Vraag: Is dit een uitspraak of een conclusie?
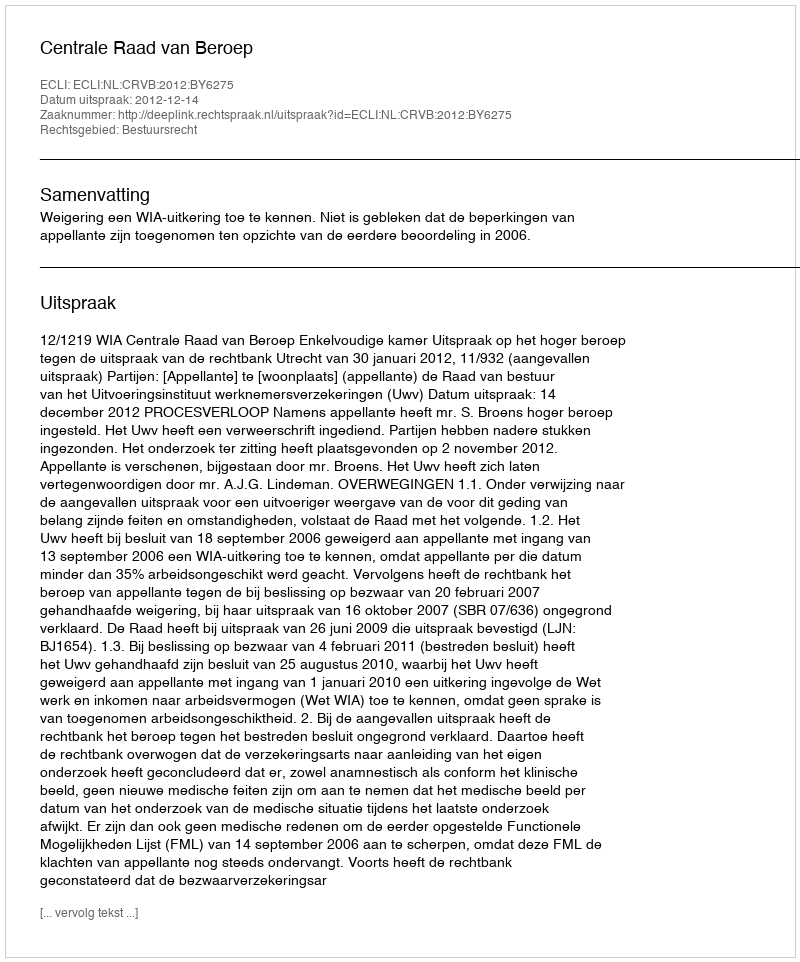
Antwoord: Uitspraak